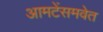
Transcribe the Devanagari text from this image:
आमटेंसमवेत